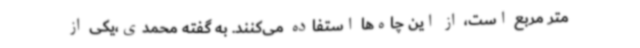
متر مربع است، از این چاه‌ها استفاده می‌کنند. به گفته محمدی،یکی از